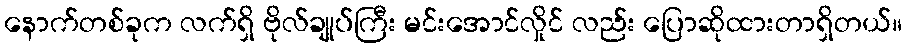
နောက်တစ်ခုက လက်ရှိ ဗိုလ်ချုပ်ကြီး မင်းအောင်လှိုင် လည်း ပြောဆိုထားတာရှိတယ်။